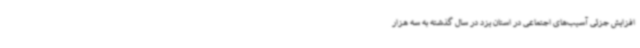
افزایش جزئی آسیب‌های اجتماعی در استان یزد در سال گذشته به سه هزار